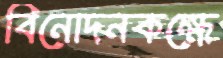
বিনোদনকক্ষে